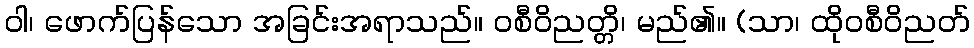
ဝါ၊ ဖောက်ပြန်သော အခြင်းအရာသည်။ ဝစီဝိညတ္တိ၊ မည်၏။ (သာ၊ ထိုဝစီဝိညတ်